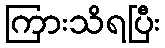
ကြားသိရပြီး